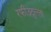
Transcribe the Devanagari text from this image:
रफीउदुल्ला